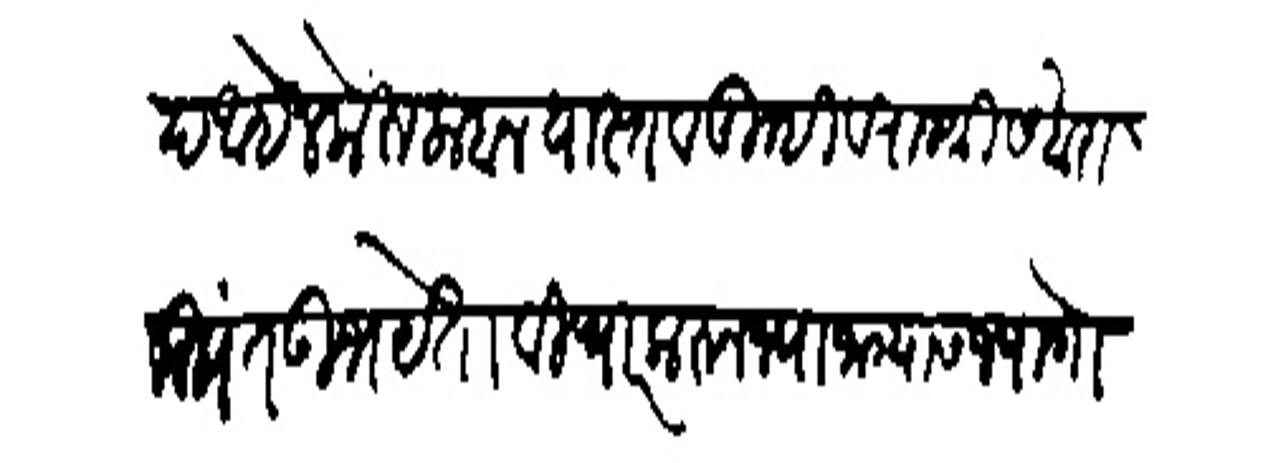
Transliteration (Devanagari): सरद आहे लेकरू लहान यास्तव तुम्ही व राजश्री सखारामपंत उभयेता विच्यार करून ज्या जाग्यास ज्या गोष्टीने